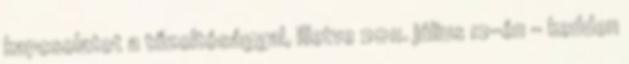
kapcsolatot a tűzoltósággal, illetve 2011. július 12-én – kedden